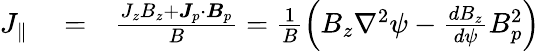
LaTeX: \begin{array}{rlr}{J_{\parallel}}&{{}=}&{\frac{J_{z}B_{z}+\boldsymbol{J}_{p}\cdot\boldsymbol{B}_{p}}{B}=\frac{1}{B}\left(B_{z}\nabla^{2}\psi-\frac{dB_{z}}{d\psi}B_{p}^{2}\right)}\end{array}